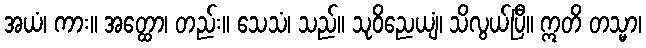
အယံ၊ ကား။ အတ္ထော၊ တည်း။ သေသံ၊ သည်။ သုဝိညေယျံ၊ သိလွယ်ပြီ။ ဣတိ တသ္မာ၊